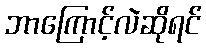
ဘာကြောင့်လဲဆိုရင်